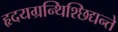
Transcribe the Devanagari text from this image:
हृदयग्रन्थिश्छिद्यन्ते